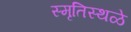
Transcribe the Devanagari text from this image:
स्मृतिस्थळे